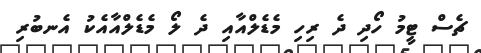
ޗެސް ޓީމު ހޯދި ދެ ރިހި މެޑެލްއާއި ދެ ލޯ މެޑެލްއާއެކު އެނބުރި